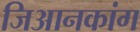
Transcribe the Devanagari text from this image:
जिआनकांग